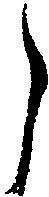
う